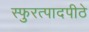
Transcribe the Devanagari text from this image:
स्फुरत्पादपीठे